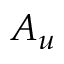
A _ { u }